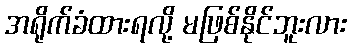
အရိုက်ခံထားရလို့ မဖြစ်နိုင်ဘူးလား